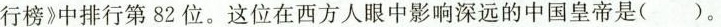
行榜》中排行第82位。这位在西方人眼中影响深远的中国皇帝是()。